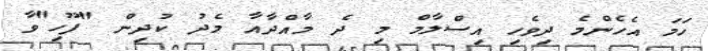
ހަމަ އެހެންމެ ދިވެހި އިސްލާމް މި ދެ މާއްދާއާ މެދު ކުދިން "ފޫހި"ވާ